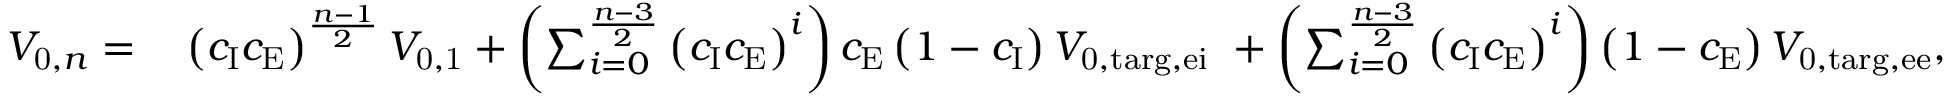
\begin{array} { r l } { V _ { \mathrm { 0 } , n } = \: } & { \left( c _ { \mathrm { I } } c _ { \mathrm { E } } \right) ^ { \frac { n - 1 } { 2 } } V _ { \mathrm { 0 , 1 } } + \left( \sum _ { i = 0 } ^ { \frac { n - 3 } { 2 } } \left( c _ { \mathrm { I } } c _ { \mathrm { E } } \right) ^ { i } \right) c _ { \mathrm { E } } \left( 1 - c _ { \mathrm { I } } \right) V _ { \mathrm { 0 , t a r g , e i } } \ + \left( \sum _ { i = 0 } ^ { \frac { n - 3 } { 2 } } \left( c _ { \mathrm { I } } c _ { \mathrm { E } } \right) ^ { i } \right) \left( 1 - c _ { \mathrm { E } } \right) V _ { \mathrm { 0 , t a r g , e e } } , } \end{array}